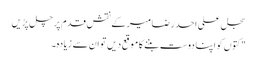
سجل علی احد رضا میر کے نقشِ قدم پر چل پڑیں
" کتوں کو اپنا دوست بننے کا موقع دیں تو ان سے زیادہ۔